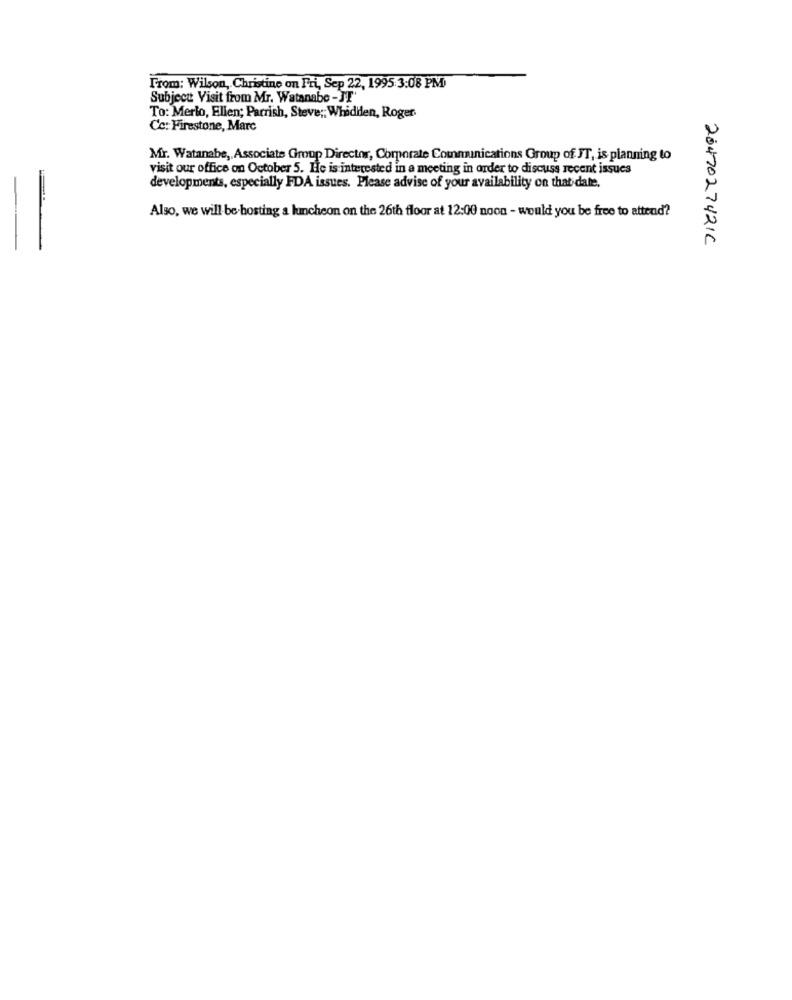
From: Wilson, Christine on Fri, Sep 22, 1995 3:08 PM)
Subject Visit from Mr. Watanabe -JT'
To: Merlo, Ellen; Parrish, Steve ;; Whidden, Roger.
Cc: Firestone, Marc
Mr. Watanabe ,, Associate Group Director, Corporate Communications Group of JT, is planning to
visit our office on October 5. He is interested in a meeting in order to discuss recent issues
developments, especially FDA issues. Please advise of your availability on that date.
Also, we will be hosting a luncheon on the 26th floor at 12:00 noon - would you be free to attend?
2047027421C